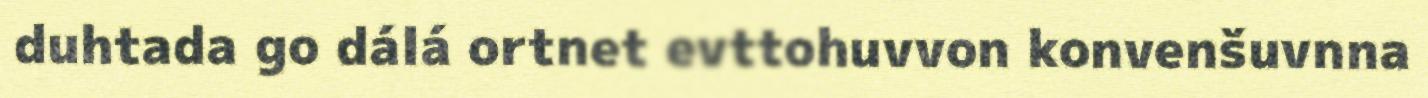
duhtada go dálá ortnet evttohuvvon konvenšuvnna